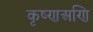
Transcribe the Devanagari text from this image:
कृष्णअणि